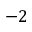
- 2